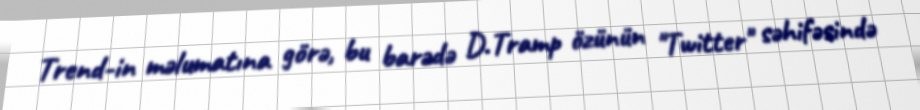
Trend-in məlumatına görə, bu barədə D.Tramp özünün "Twitter" səhifəsində